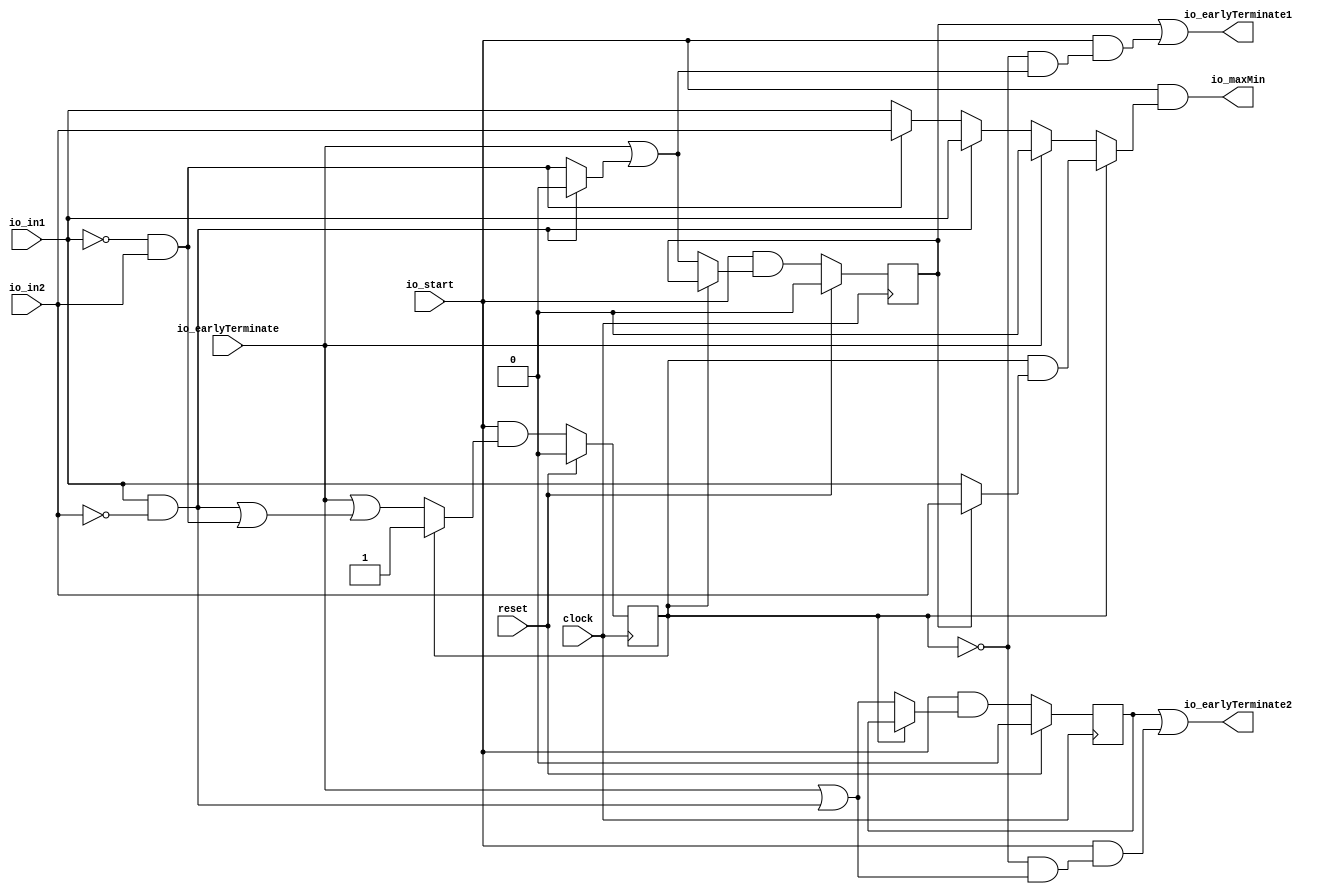
module OnlineComparator2(
  input   clock,
  input   reset,
  input   io_start,
  input   io_earlyTerminate,
  input   io_in1,
  input   io_in2,
  output  io_earlyTerminate1,
  output  io_earlyTerminate2,
  output  io_maxMin
);
  reg  state; // @[online_comparator2.scala 33:22]
  reg  earlyTerminate1; // @[online_comparator2.scala 36:32]
  reg  earlyTerminate2; // @[online_comparator2.scala 37:32]
  wire  _T_1 = ~state; // @[online_comparator2.scala 44:19]
  wire  _T_4 = ~reset; // @[online_comparator2.scala 51:19]
  wire  _T_7 = io_in1 & ~io_in2; // @[online_comparator2.scala 61:35]
  wire  _T_12 = ~io_in1 & io_in2; // @[online_comparator2.scala 92:35]
  wire  _GEN_2 = ~io_in1 & io_in2 ? io_in2 : io_in1; // @[online_comparator2.scala 100:26 125:24 92:54]
  wire  _GEN_3 = io_in1 & ~io_in2 ? 1'h0 : _T_12; // @[online_comparator2.scala 61:54 65:29]
  wire  _GEN_5 = io_in1 & ~io_in2 ? io_in1 : _GEN_2; // @[online_comparator2.scala 61:54 70:26]
  wire  _GEN_6 = io_in1 & ~io_in2 | _T_12; // @[online_comparator2.scala 61:54 90:17]
  wire  _GEN_7 = io_earlyTerminate | _GEN_3; // @[online_comparator2.scala 48:44 54:27]
  wire  _GEN_8 = io_earlyTerminate | _T_7; // @[online_comparator2.scala 48:44 56:27]
  wire  _GEN_9 = io_earlyTerminate | _GEN_6; // @[online_comparator2.scala 48:44 59:17]
  wire  _GEN_10 = io_earlyTerminate ? 1'h0 : _GEN_5; // @[online_comparator2.scala 48:44]
  wire  _GEN_11 = earlyTerminate1 ? io_in2 : io_in1; // @[online_comparator2.scala 141:42 142:24 144:24]
  wire  _GEN_13 = ~state ? _GEN_7 : earlyTerminate1; // @[online_comparator2.scala 44:19 36:32]
  wire  _GEN_14 = ~state & _GEN_7; // @[online_comparator2.scala 44:19]
  wire  _GEN_15 = ~state ? _GEN_8 : earlyTerminate2; // @[online_comparator2.scala 44:19 37:32]
  wire  _GEN_16 = ~state & _GEN_8; // @[online_comparator2.scala 44:19]
  wire  _GEN_17 = ~state ? _GEN_9 : state; // @[online_comparator2.scala 44:19 33:22]
  wire  _GEN_18 = ~state ? _GEN_10 : state & _GEN_11; // @[online_comparator2.scala 44:19]
  wire  _GEN_19 = io_start & _GEN_13; // @[online_comparator2.scala 151:21 42:29]
  wire  earlyTerminate1Shadow = io_start & _GEN_14; // @[online_comparator2.scala 154:27 42:29]
  wire  _GEN_21 = io_start & _GEN_15; // @[online_comparator2.scala 152:21 42:29]
  wire  earlyTerminate2Shadow = io_start & _GEN_16; // @[online_comparator2.scala 155:27 42:29]
  wire  _GEN_23 = io_start & _GEN_17; // @[online_comparator2.scala 150:11 42:29]
  wire  _GEN_25 = io_start & _T_1; // @[online_comparator2.scala 51:19]
  wire  _GEN_29 = _GEN_25 & ~io_earlyTerminate; // @[online_comparator2.scala 73:21]
  wire  _GEN_35 = _GEN_29 & ~_T_7; // @[online_comparator2.scala 103:21]
  assign io_earlyTerminate1 = earlyTerminate1 | earlyTerminate1Shadow; // @[online_comparator2.scala 163:41]
  assign io_earlyTerminate2 = earlyTerminate2 | earlyTerminate2Shadow; // @[online_comparator2.scala 164:41]
  assign io_maxMin = io_start & _GEN_18; // @[online_comparator2.scala 157:18 42:29]
  always @(posedge clock) begin
    if (reset) begin // @[online_comparator2.scala 33:22]
      state <= 1'h0; // @[online_comparator2.scala 33:22]
    end else begin
      state <= _GEN_23;
    end
    if (reset) begin // @[online_comparator2.scala 36:32]
      earlyTerminate1 <= 1'h0; // @[online_comparator2.scala 36:32]
    end else begin
      earlyTerminate1 <= _GEN_19;
    end
    if (reset) begin // @[online_comparator2.scala 37:32]
      earlyTerminate2 <= 1'h0; // @[online_comparator2.scala 37:32]
    end else begin
      earlyTerminate2 <= _GEN_21;
    end
    `ifndef SYNTHESIS
    `ifdef PRINTF_COND
      if (`PRINTF_COND) begin
    `endif
        if (io_start & _T_1 & io_earlyTerminate & ~reset) begin
          $fwrite(32'h80000002,"dbg, comparator debug: global earlyTerminate raised\n"); // @[online_comparator2.scala 51:19]
        end
    `ifdef PRINTF_COND
      end
    `endif
    `endif // SYNTHESIS
    `ifndef SYNTHESIS
    `ifdef PRINTF_COND
      if (`PRINTF_COND) begin
    `endif
        if (_GEN_25 & ~io_earlyTerminate & _T_7 & _T_4) begin
          $fwrite(32'h80000002,"dbg, comparator debug: earlyTerminate1 => true\n"); // @[online_comparator2.scala 73:21]
        end
    `ifdef PRINTF_COND
      end
    `endif
    `endif // SYNTHESIS
    `ifndef SYNTHESIS
    `ifdef PRINTF_COND
      if (`PRINTF_COND) begin
    `endif
        if (_GEN_29 & ~_T_7 & _T_12 & _T_4) begin
          $fwrite(32'h80000002,"dbg, comparator debug: earlyTerminate2 => true\n"); // @[online_comparator2.scala 103:21]
        end
    `ifdef PRINTF_COND
      end
    `endif
    `endif // SYNTHESIS
    `ifndef SYNTHESIS
    `ifdef PRINTF_COND
      if (`PRINTF_COND) begin
    `endif
        if (_GEN_35 & ~_T_12 & _T_4) begin
          $fwrite(32'h80000002,"dbg, comparator debug: both bits are equal\n"); // @[online_comparator2.scala 135:19]
        end
    `ifdef PRINTF_COND
      end
    `endif
    `endif // SYNTHESIS
  end
endmodule